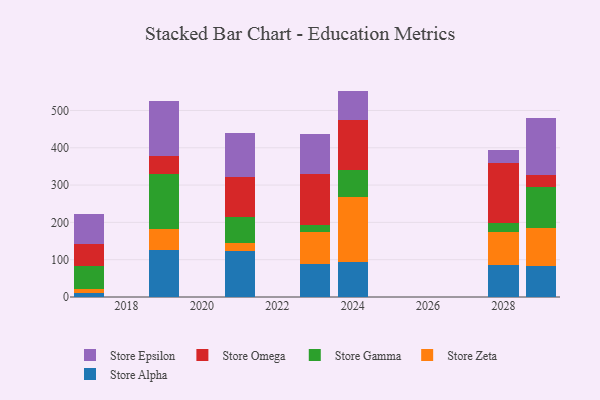
{"axis": {"x": "Year", "y": "Waste Production (Tons)"}, "legend": ["Store Alpha", "Store Epsilon", "Store Gamma", "Store Omega", "Store Zeta"], "data": [{"x": "2024", "y": 94.2, "type": "Store Alpha"}, {"x": "2024", "y": 173.1, "type": "Store Zeta"}, {"x": "2024", "y": 73.5, "type": "Store Gamma"}, {"x": "2024", "y": 132.6, "type": "Store Omega"}, {"x": "2024", "y": 79.2, "type": "Store Epsilon"}, {"x": "2028", "y": 85.0, "type": "Store Alpha"}, {"x": "2028", "y": 88.2, "type": "Store Zeta"}, {"x": "2028", "y": 25.9, "type": "Store Gamma"}, {"x": "2028", "y": 160.7, "type": "Store Omega"}, {"x": "2028", "y": 33.3, "type": "Store Epsilon"}, {"x": "2029", "y": 82.2, "type": "Store Alpha"}, {"x": "2029", "y": 102.0, "type": "Store Zeta"}, {"x": "2029", "y": 110.2, "type": "Store Gamma"}, {"x": "2029", "y": 32.1, "type": "Store Omega"}, {"x": "2029", "y": 152.6, "type": "Store Epsilon"}, {"x": "2023", "y": 89.1, "type": "Store Alpha"}, {"x": "2023", "y": 84.8, "type": "Store Zeta"}, {"x": "2023", "y": 17.8, "type": "Store Gamma"}, {"x": "2023", "y": 137.4, "type": "Store Omega"}, {"x": "2023", "y": 107.3, "type": "Store Epsilon"}, {"x": "2021", "y": 122.3, "type": "Store Alpha"}, {"x": "2021", "y": 22.2, "type": "Store Zeta"}, {"x": "2021", "y": 69.6, "type": "Store Gamma"}, {"x": "2021", "y": 108.2, "type": "Store Omega"}, {"x": "2021", "y": 118.1, "type": "Store Epsilon"}, {"x": "2017", "y": 11.1, "type": "Store Alpha"}, {"x": "2017", "y": 9.7, "type": "Store Zeta"}, {"x": "2017", "y": 62.1, "type": "Store Gamma"}, {"x": "2017", "y": 59.1, "type": "Store Omega"}, {"x": "2017", "y": 80.2, "type": "Store Epsilon"}, {"x": "2019", "y": 126.7, "type": "Store Alpha"}, {"x": "2019", "y": 56.9, "type": "Store Zeta"}, {"x": "2019", "y": 145.4, "type": "Store Gamma"}, {"x": "2019", "y": 49.5, "type": "Store Omega"}, {"x": "2019", "y": 147.6, "type": "Store Epsilon"}]}